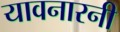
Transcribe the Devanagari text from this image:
यावनारनी